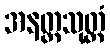
အနတ္တသုတ္တံ